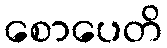
စောပေတိ